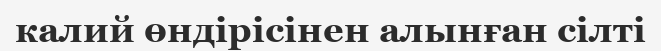
калий өндірісінен алынған сілті